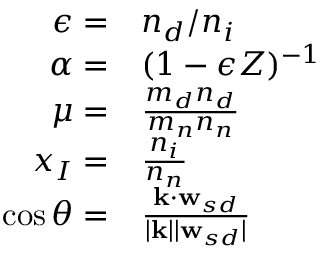
\begin{array} { r l } { \epsilon = } & { { } { n _ { d } } / { n _ { i } } } \\ { \alpha = } & { { } ( 1 - \epsilon Z ) ^ { - 1 } } \\ { \mu = } & { { } \frac { m _ { d } { n _ { d } } } { m _ { n } { n _ { n } } } } \\ { x _ { I } = } & { { } \frac { { n _ { i } } } { { n _ { n } } } } \\ { \cos \theta = } & { { } \frac { \mathbf { k } \cdot \mathbf { w } _ { s d } } { | \mathbf { k } | | \mathbf { w } _ { s d } | } } \end{array}